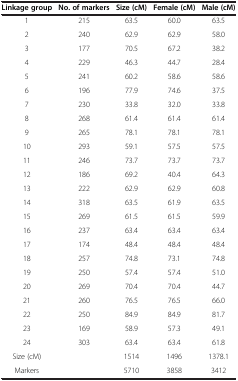
| Linkage group | No. of markers | Size (cM) | Female (cM) | Male (cM) |
 | --- | --- | --- | --- | --- |
 | 1 | 215 | 63.5 | 60.0 | 63.5 |
 | 2 | 240 | 62.9 | 62.9 | 58.0 |
 | 3 | 177 | 70.5 | 67.2 | 38.2 |
 | 4 | 229 | 46.3 | 44.7 | 28.4 |
 | 5 | 241 | 60.2 | 58.6 | 58.6 |
 | 6 | 196 | 77.9 | 74.6 | 37.5 |
 | 7 | 230 | 33.8 | 32.0 | 33.8 |
 | 8 | 268 | 61.4 | 61.4 | 61.4 |
 | 9 | 265 | 78.1 | 78.1 | 78.1 |
 | 10 | 293 | 59.1 | 57.5 | 57.5 |
 | 11 | 246 | 73.7 | 73.7 | 73.7 |
 | 12 | 186 | 69.2 | 40.4 | 64.3 |
 | 13 | 222 | 62.9 | 62.9 | 60.8 |
 | 14 | 318 | 63.5 | 61.9 | 63.5 |
 | 15 | 269 | 61.5 | 61.5 | 59.9 |
 | 16 | 237 | 63.4 | 63.4 | 63.4 |
 | 17 | 174 | 48.4 | 48.4 | 48.4 |
 | 18 | 257 | 74.8 | 73.1 | 74.8 |
 | 19 | 250 | 57.4 | 57.4 | 51.0 |
 | 20 | 269 | 70.4 | 70.4 | 44.7 |
 | 21 | 260 | 76.5 | 76.5 | 66.0 |
 | 22 | 250 | 84.9 | 84.9 | 81.7 |
 | 23 | 169 | 58.9 | 57.3 | 49.1 |
 | 24 | 303 | 63.4 | 63.4 | 61.8 |
 | Size (cM) |  | 1514 | 1496 | 1378.1 |
 | Markers |  | 5710 | 3858 | 3412 |